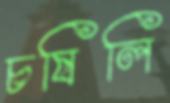
চষিলি